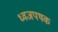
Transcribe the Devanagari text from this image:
ध्वजपथक